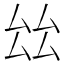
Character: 𠫬